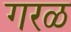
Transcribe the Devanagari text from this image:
गरळ